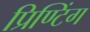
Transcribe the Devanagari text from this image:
प्रिण्टिंग